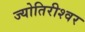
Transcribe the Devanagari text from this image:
ज्योतिरीश्‍वर